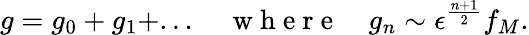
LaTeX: g=g_{0}+g_{1}+...\quad\mathrm{~w~h~e~r~e~}\quad g_{n}\sim\epsilon^{\frac{n+1}{2}}f_{M}.